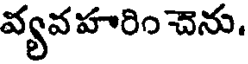
వ్యవహరిం చెను.